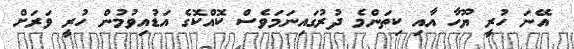
އޭނަ ހުރީ ޔޫހާ އާއި ކިތަންމެ ދުރުގައިނަމަވެސް ކޮއްކޮގެ އަޑުއިވުމުން ހުރީ ވަރަށް